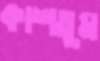
কাশতুম